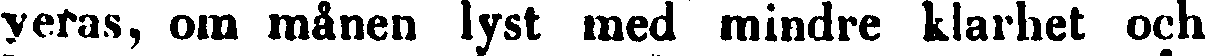
veras, om månen lyst med mindre klarhet och